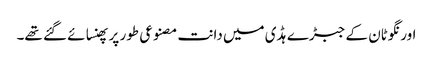
اورنگوٹان کے جبڑے ہڈی میں دانت مصنوعی طور پر پھنسائے گئے تھے۔